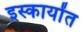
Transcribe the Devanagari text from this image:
इस्कायोंत